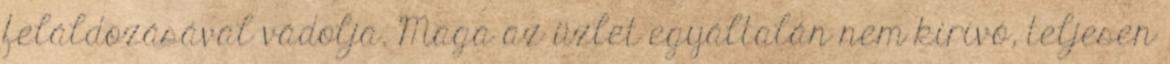
feláldozásával vádolja. Maga az üzlet egyáltalán nem kirívó, teljesen